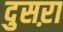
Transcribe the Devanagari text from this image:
दुसऱा